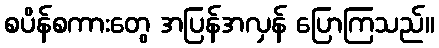
စပိန်စကားတွေ အပြန်အလှန် ပြောကြသည်။